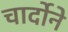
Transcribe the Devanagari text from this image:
चार्दोने